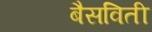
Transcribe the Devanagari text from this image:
बैसविती